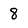
Character: 8